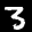
Label: 3